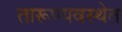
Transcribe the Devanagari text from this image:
तारूण्यवस्थेत